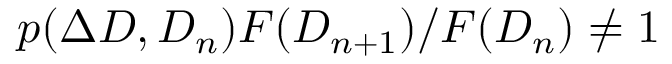
p ( \Delta D , D _ { n } ) F ( D _ { n + 1 } ) / F ( D _ { n } ) \neq 1